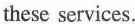
these services